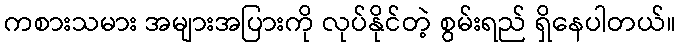
ကစားသမား အများအပြားကို လုပ်နိုင်တဲ့ စွမ်းရည် ရှိနေပါတယ်။